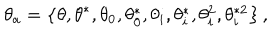
LaTeX: \theta _ { a } = \left\{ \theta , \theta ^ { \ast } , \theta _ { 0 } , \theta _ { 0 } ^ { \ast } , \theta _ { i } , \theta _ { i } ^ { \ast } , \theta _ { i } ^ { 2 } , \theta _ { i } ^ { \ast 2 } \right\} ,